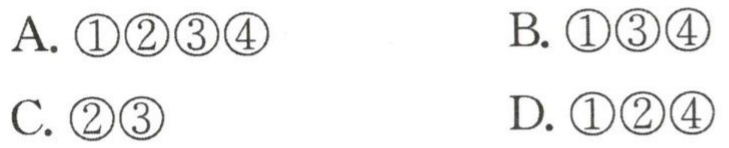
A. \(\textcircled{1}\textcircled{2}\textcircled{3}\textcircled{4}\)  B. \(\textcircled{1}\textcircled{3}\textcircled{4}\)
C. \(\textcircled{2}\textcircled{3}\)  D. \(\textcircled{1}\textcircled{2}\textcircled{4}\)